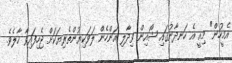
އެމީހުން" މިއީ އެ ހަނދާނުގައި ޝޯއިން ވިދާލި އަންހެން ލަވަކިޔުންތެރިޔަކަށް ޖެހިފައިވާ ހާލެވެ.